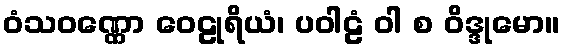
ဝံသဝဏ္ဏော ဝေဠုရိယံ၊ ပဝါဠံ ဝါ စ ဝိဒ္ဒုမော။